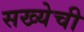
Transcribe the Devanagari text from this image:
सख्येची